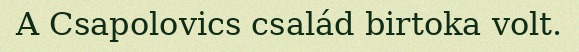
A Csapolovics család birtoka volt.